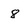
Character: 8